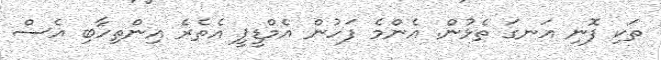
ތަކި ފޮނި އަނގަ ތެޅުން. އެންމެ ފަހުން އެމްޑީޕީ އެތެރެ އިންތިހާބި އެސް